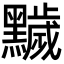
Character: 𪒩